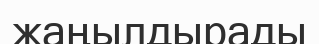
жаңылдырады